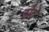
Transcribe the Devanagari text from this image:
दोचे